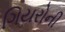
ગિયરોની